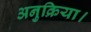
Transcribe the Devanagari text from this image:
अनुक्रिया।